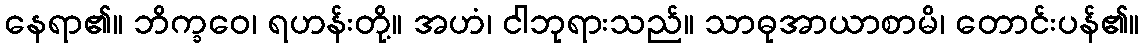
နေရာ၏။ ဘိက္ခဝေ၊ ရဟန်းတို့။ အဟံ၊ ငါဘုရားသည်။ သာဓုအာယာစာမိ၊ တောင်းပန်၏။